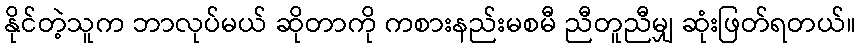
နိုင်တဲ့သူက ဘာလုပ်မယ် ဆိုတာကို ကစားနည်းမစမီ ညီတူညီမျှ ဆုံးဖြတ်ရတယ်။